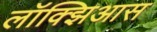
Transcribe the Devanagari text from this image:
लॉक्झिआस